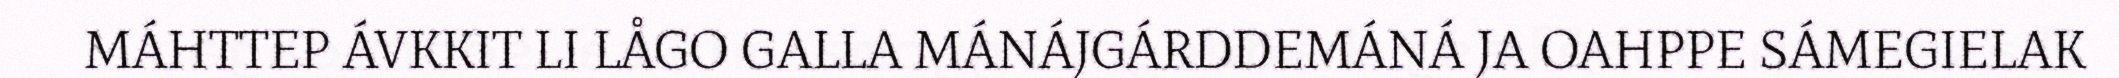
MÁHTTEP ÁVKKIT LI LÅGO GALLA MÁNÁJGÁRDDEMÁNÁ JA OAHPPE SÁMEGIELAK